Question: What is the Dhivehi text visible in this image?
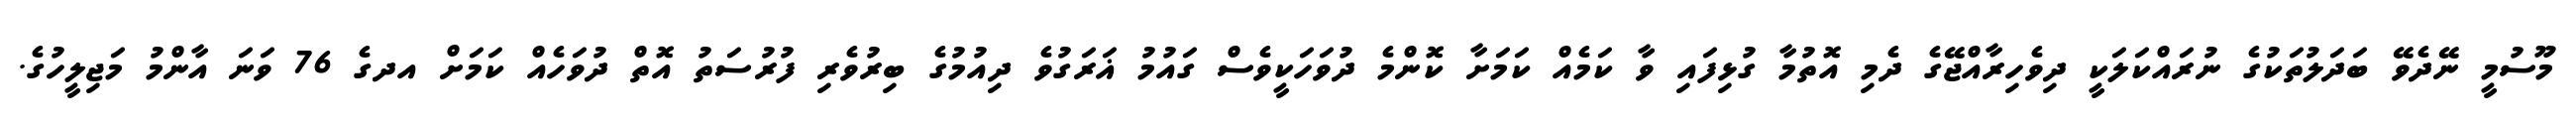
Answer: މޫސުމީ ނޭދެވޭ ބަދަލުތަކުގެ ނުރައްކަލަކީ ދިވެހިރާއްޖޭގެ ދެމި އޮތުމާ ގުޅިފައި ވާ ކަމެއް ކަމަށާ ކޮންމެ ދުވަހަކީވެސް ގައުމު ޣަރަގުވެ ދިއުމުގެ ބިރުވެރި ފުރުސަތު އޮތް ދުވަހެއް ކަމަށް އދގެ 76 ވަނަ އާންމު މަޖިލީހުގެ.